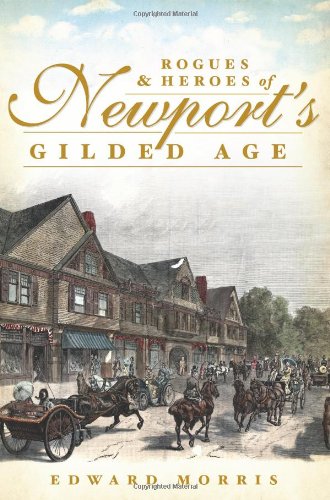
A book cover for Rogues and Heroes of Newport's Gilded Age; Ed Morris; Biographies & Memoirs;